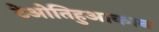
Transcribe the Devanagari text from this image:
टेओतिहुआकान